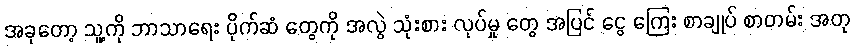
အခုတော့ သူ့ကို ဘာသာရေး ပိုက်ဆံ တွေကို အလွဲ သုံးစား လုပ်မှု တွေ အပြင် ငွေ ကြေး စာချုပ် စာတမ်း အတု